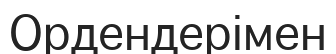
Ордендерімен